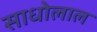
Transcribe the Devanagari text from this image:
साधोलाल